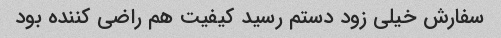
سفارش خیلی زود دستم رسید کیفیت هم راضی کننده بود